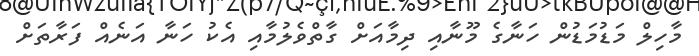
މާހިލް މަޑުމަޑުން ހަނާގެ މޫނާއި ދިމާއަށް ގާތްވެލުމާއި އެކު ހަނާ އަނެއް ފަރާތަށް